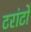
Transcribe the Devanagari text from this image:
टरांटों